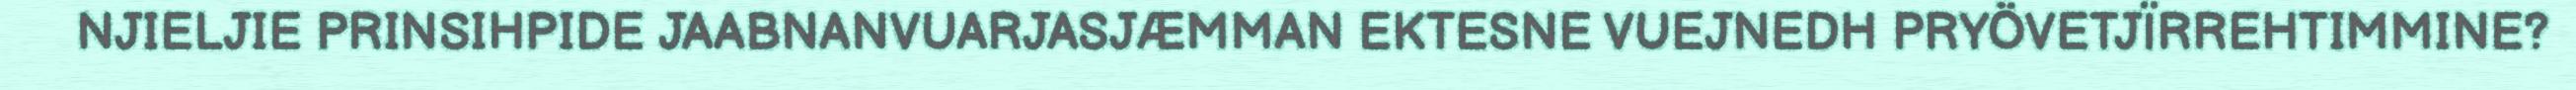
NJIELJIE PRINSIHPIDE JAABNANVUARJASJÆMMAN EKTESNE VUEJNEDH PRYÖVETJÏRREHTIMMINE?